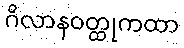
ဂိလာနဝတ္ထုကထာ